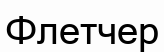
Флетчер